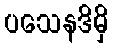
ပသေနဒိမှိ